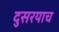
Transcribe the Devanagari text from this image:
दुसरयाच